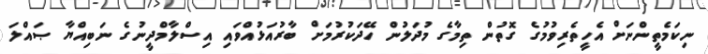
ނިކަމެތީންނަށް އެހީތެރިވުމުގެ ގޮތުން ތިމާގެ މުދަލުން ހޭދަކުރުމަށް ބާރުއަޅުއްވައި އިސްލާމްދީނުގެ ނަބިއްޔާ ޞައްލަ